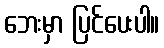
ဘေးမှာ ပြင်ပေးပါ။